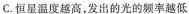
C.恒星温度越高，发出的光的频率越低